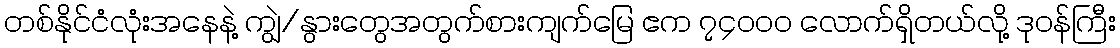
တစ်နိုင်ငံလုံးအနေနဲ့ ကျွဲ/နွားတွေအတွက်စားကျက်မြေ ဧက ၇၄၀၀၀ လောက်ရှိတယ်လို့ ဒုဝန်ကြီး